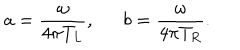
a = { \frac { \omega } { 4 \pi T _ { L } } } , b = { \frac { \omega } { 4 \pi T _ { R } } } .